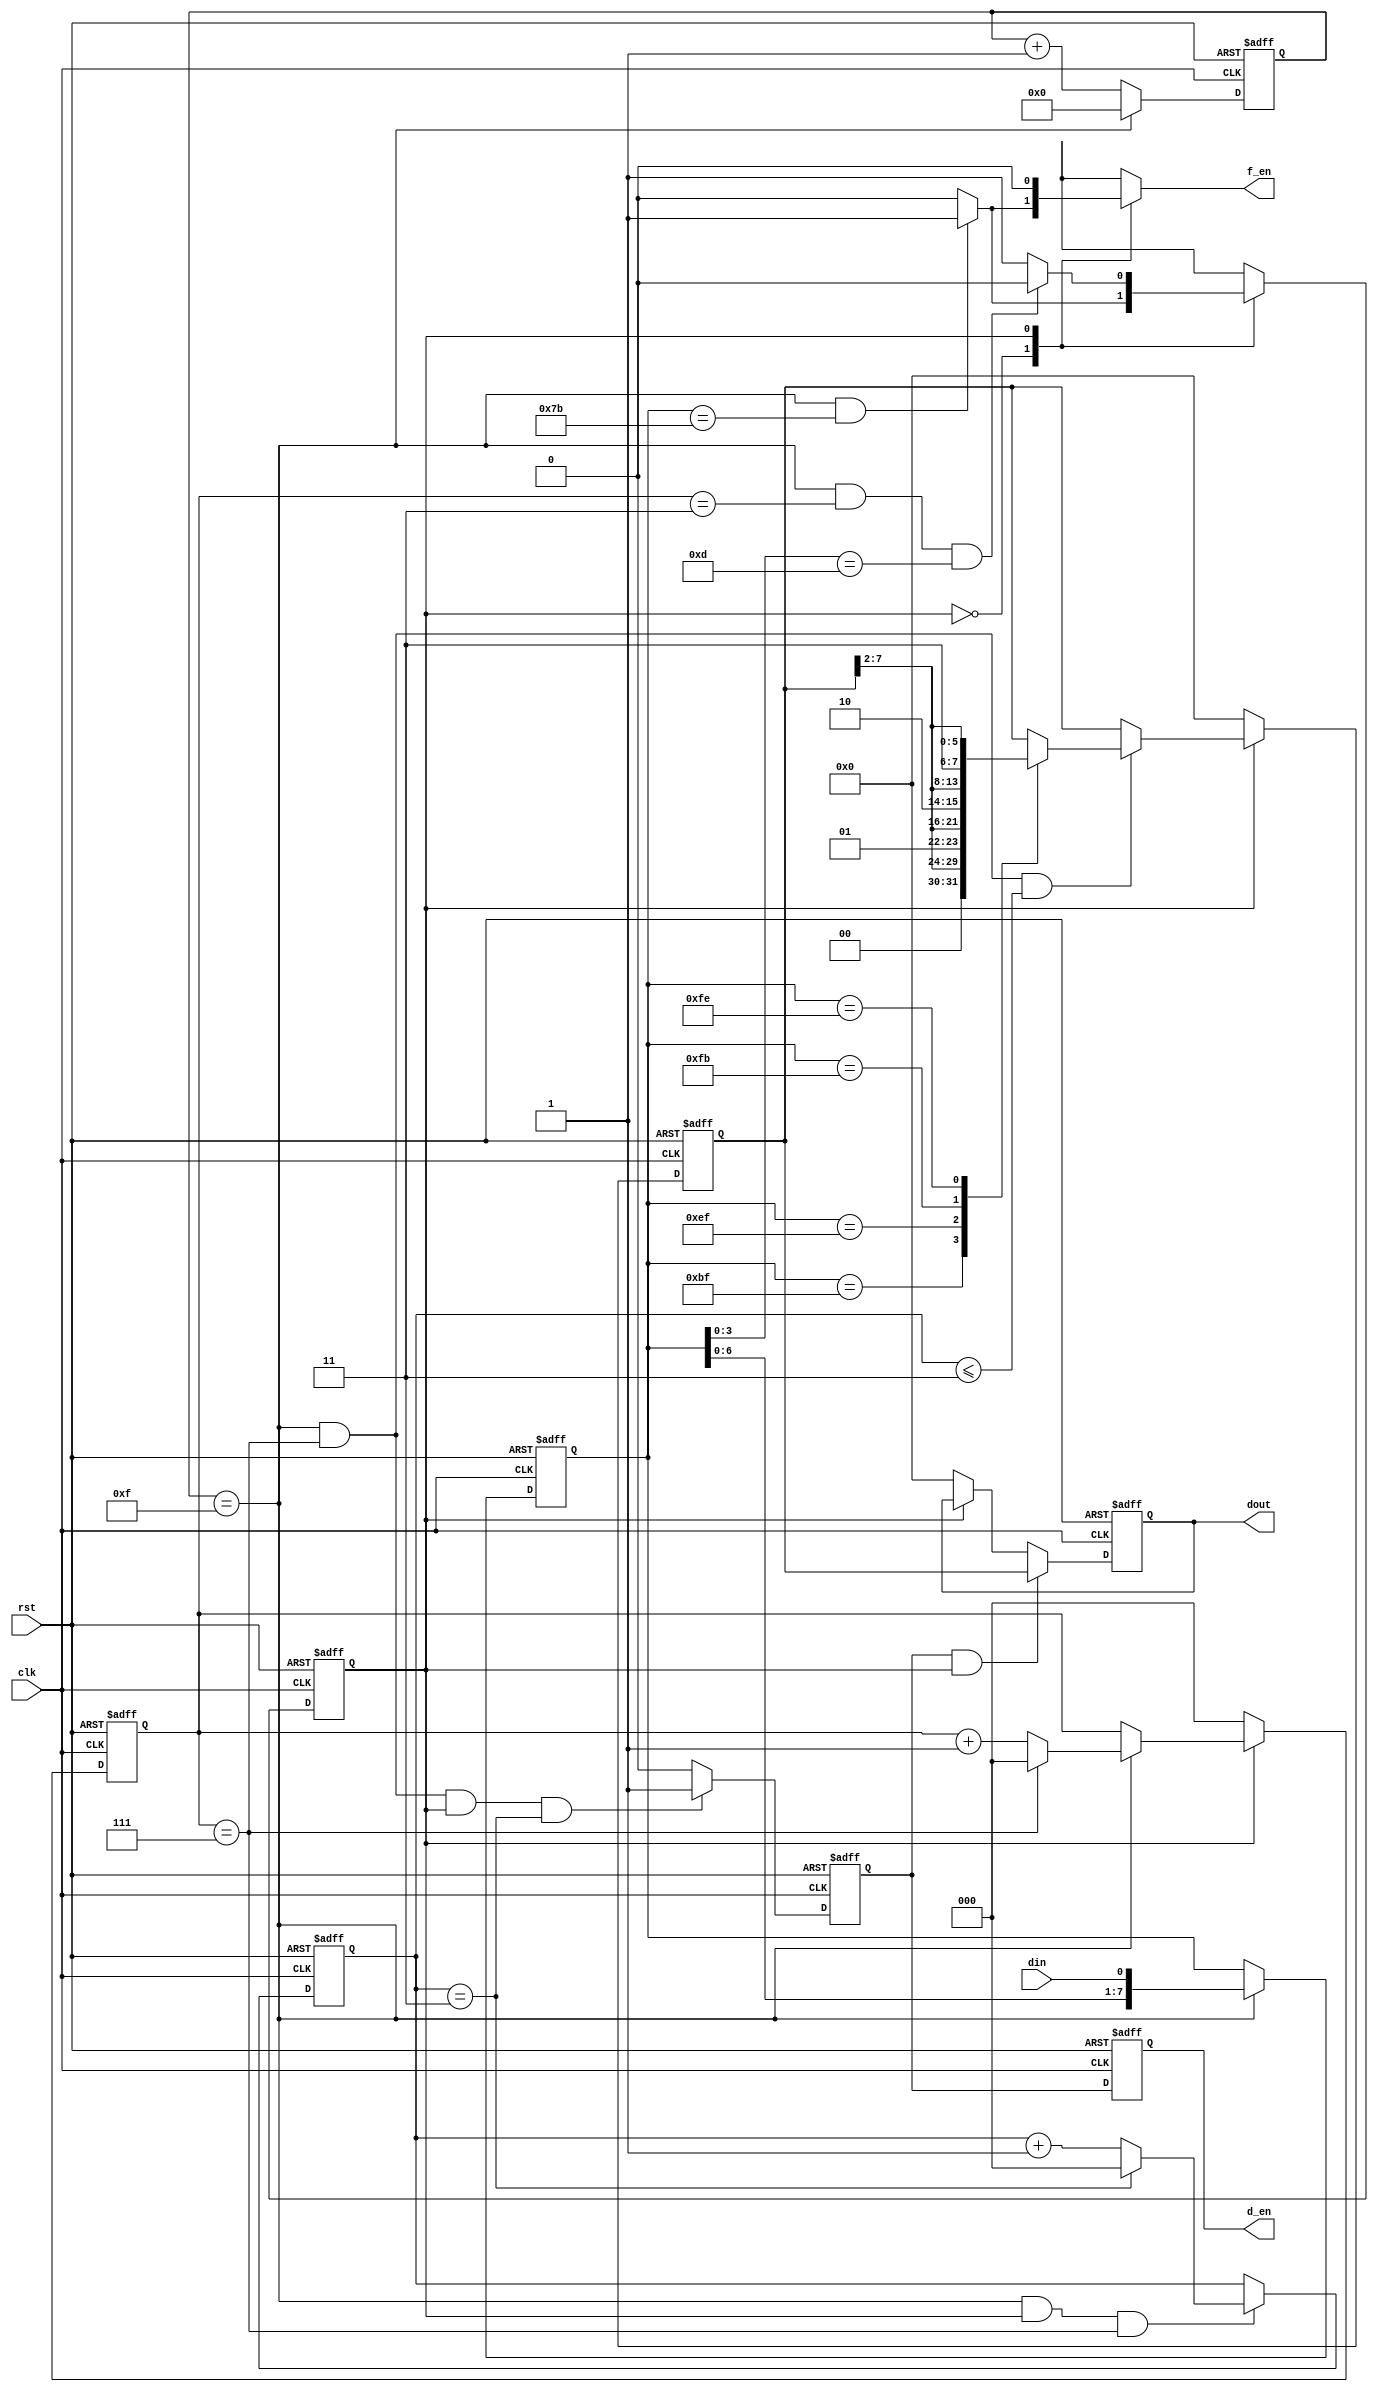
module PPM(
    clk,
    rst,
    din,
    dout,
    d_en,   // byte received
    f_en);  // frame start
       
    input clk,rst;
    input din;
    output [7:0] dout;
    output d_en,f_en;
    reg [7:0] dout;
    reg d_en,f_en;

    reg [3:0] count0;   // sample at count0 == 15
    reg [2:0] count1;   // get symbol at count1 == 8
    reg [2:0] count2;   // get byte at count2 == 4

    reg [7:0] reg1;  // PPM code
    reg [7:0] reg2;  // raw code
    reg cs,ns;
    // // debug -------
    // wire sample;
    // assign sample = count0 == 15;
    // // --- end debug
    parameter  SOF=8'b01111011,
               EOF=4'b1101,
               d_00=8'b10111111,
               d_01=8'b11101111,
               d_10=8'b11111011,
               d_11=8'b11111110,
               S0=1'b0,  // IDLE
               S1=1'b1;  // RECV DATA
// 1.      
always@(posedge clk or negedge rst) begin
    if(!rst)
        cs<=S0;
    else 
        cs<=ns;
end
// 2.
always@(cs or count0 or count1 or reg1) begin
    case(cs)
        S0:begin
            if((count0==15)&&(reg1==SOF)) begin
                ns=S1;
                f_en=1'b1;
            end else begin
                ns=S0;
                f_en=1'b0;
            end
        end
        S1:begin
            if((count0==15)&&(count1==3)&&(reg1[3:0]==EOF)) begin
                ns=S0;
                f_en=1'b0;
            end else begin
                ns=S1;
                f_en=1'b0;
            end
        end
        default:begin
            ns=ns;
            f_en=1'b0;
        end
    endcase          
end
// count0 should start at SOF negedge!
always@(posedge clk or negedge rst) begin
    if(!rst) begin
        count0<=0;
        reg1<=8'b00000000;
    end else begin 
        if(count0==15) begin
            reg1<={reg1[6:0],din};
            count0<=0;
        end else
            count0<=count0+1;   
    end
end

always@(posedge clk or negedge rst) begin
    if(!rst)
        count1<=0;
    else begin 
        if(cs==S1)
            if(count0==15)
                if(count1==7)
                    count1<=0;
                else
                    count1<=count1+1;
            else
                count1<=count1;
        else
            count1<=0;
    end
end
    
always@(posedge clk or negedge rst) begin
    if(!rst)
        count2<=0;
    else begin
        if((count0==15)&&(cs==S1)&&(count1==7))
            if(count2==3)
                count2<=0;
            else
                count2<=count2+1;
    end
end
reg d_en_d;
always@(posedge clk or negedge rst) begin
    if(!rst)
        d_en_d<=0;
    else begin
        if((count0==15)&&(count1==7)&&(cs==S1)&&(count2==3))  
            d_en_d<=1;
        else
            d_en_d<=0;
    end
end
always @(posedge clk or negedge rst) begin
    if(!rst)
        d_en <= 1'd0;
    else
        d_en <= d_en_d;
end
always@(posedge clk or negedge rst) begin
    if(!rst)
        reg2<=8'b00000000;
    else begin 
        if(cs==S1)
            if((count0==15)&&(count1==7)&&(count2<=3)) begin
                case(reg1)
                    d_00:reg2<={2'b00,reg2[7:2]};
                    d_01:reg2<={2'b01,reg2[7:2]};
                    d_10:reg2<={2'b10,reg2[7:2]};  
                    d_11:reg2<={2'b11,reg2[7:2]};
                    default:reg2<=reg2;
                endcase
            end else
                reg2<=reg2;
        else
            reg2<=0;     
  end
end        

always@(posedge clk or negedge rst) begin
    if(!rst)
        dout<=0;
    else begin
        if((d_en_d)&&(cs==S1))
            dout<=reg2;
        else if (cs==S0)
            dout<=0;
    end
end    

 endmodule